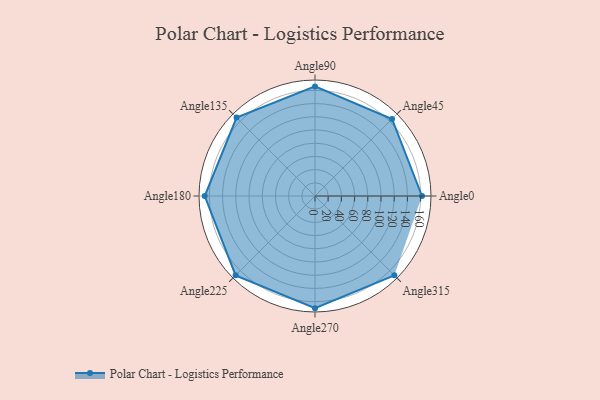
{"axis": {"x": "Angle", "y": "Radius"}, "legend": [""], "data": [{"x": "Angle0", "y": 162.0, "type": ""}, {"x": "Angle45", "y": 165.0, "type": ""}, {"x": "Angle90", "y": 166.0, "type": ""}, {"x": "Angle135", "y": 168.0, "type": ""}, {"x": "Angle180", "y": 167.0, "type": ""}, {"x": "Angle225", "y": 170, "type": ""}, {"x": "Angle270", "y": 170.0, "type": ""}, {"x": "Angle315", "y": 170, "type": ""}]}